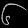
Digit: ၆